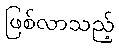
ဖြစ်လာသည့်